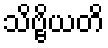
သိဗ္ဗိယတိ